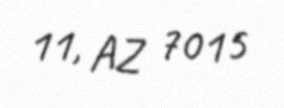
11, AZ 7015